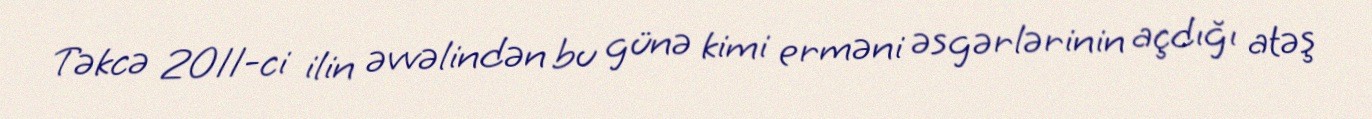
Təkcə 2011-ci ilin əvvəlindən bu günə kimi erməni əsgərlərinin açdığı atəş